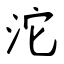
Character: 沱